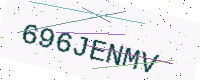
Text: 696JENMV